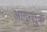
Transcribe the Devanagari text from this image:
आगुन्तुक